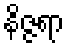
နိဇ္ဇရာ